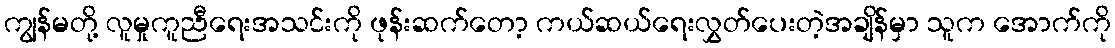
ကျွန်မတို့ လူမှုကူညီရေးအသင်းကို ဖုန်းဆက်တော့ ကယ်ဆယ်ရေးလွှတ်ပေးတဲ့အချိန်မှာ သူက အောက်ကို